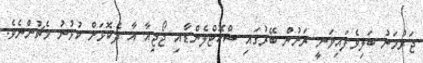
ޖަރުމަނު ބަލިވެފައިވަނީ ރަށުން ބޭރުގައި ސްކޮޓްލެންޑާއި ޖޯޖިއާ އާ ދެކޮޅަށް ކުޅުނު މެޗުންނެވެ.